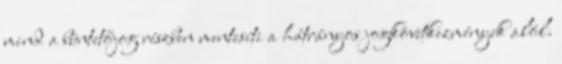
mind a büntetőjog részben mentesíti a hátrányos jogkövetkezmények alól.